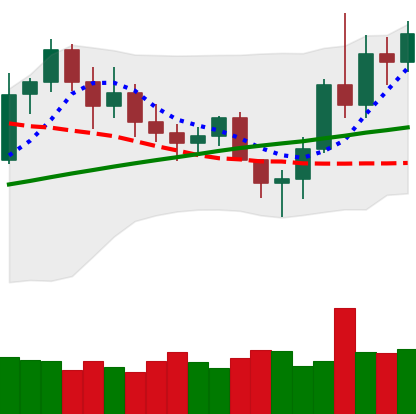
Ticker: LINK-USD
Chart end date: 2020-11-10
Forward return: -6.78%
Label: down_5_7